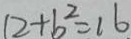
1 2 + b ^ { 2 } = 1 6